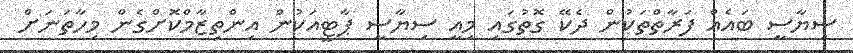
ސިޔާސީ ބައެއް ފަރާތްތަކުން ދެކޭ ގޮތުގައި މިއީ ސިޔާސީ ޕާޓީއަކުން އިންތިޒާމްކޮށްގެން މިހާތަނަށް